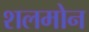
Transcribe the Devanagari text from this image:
शलमोन